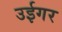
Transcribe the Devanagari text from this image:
उईगर